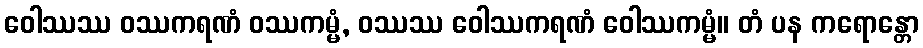
ဝေါဿဿ ဝဿကရဏံ ဝဿကမ္မံ, ဝဿဿ ဝေါဿကရဏံ ဝေါဿကမ္မံ။ တံ ပန ကရောန္တော